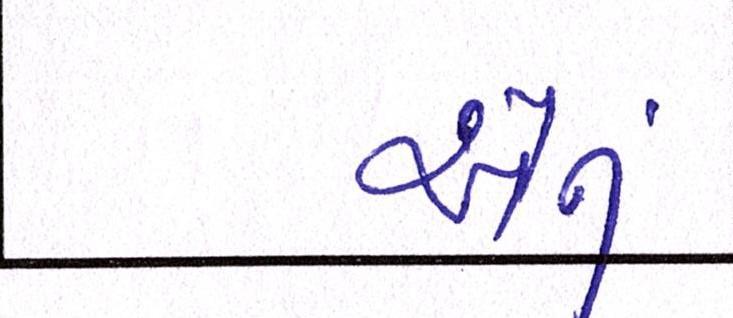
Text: એનું